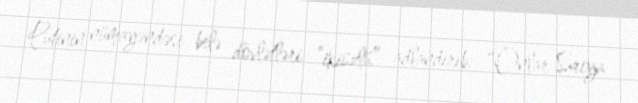
Putinin nümayəndəsi belə dövlətləri “ikiüzlü” adlandırıb: “Onlar Suriya